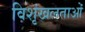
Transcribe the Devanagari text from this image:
विशृंखलताओं